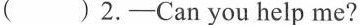
() 2.—Can you help me?